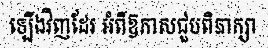
ឡើងវិញដែរ អំពីឱកាសជួបពិភាក្សា